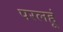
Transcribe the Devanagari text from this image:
परलहूं